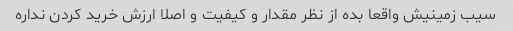
سیب زمینیش واقعا بده از نظر مقدار و کیفیت و اصلا ارزش خرید کردن نداره